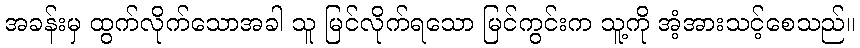
အခန်းမှ ထွက်လိုက်သောအခါ သူ မြင်လိုက်ရသော မြင်ကွင်းက သူ့ကို အံ့အားသင့်စေသည်။